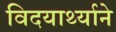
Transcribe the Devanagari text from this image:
विदयार्थ्‍याने